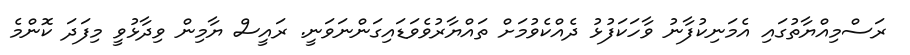
ރަސްމިއްޔާތުގައި އެމަނިކުފާނު ވާހަކަފުޅު ދެއްކެވުމަށް ތައްޔާރުވެވަޑައިގަންނަވަނީ. ރައީސް ޔާމިން ވިދާޅުވީ މިފަދަ ކޮންމެ